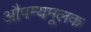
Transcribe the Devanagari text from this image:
औपम्यमूलक